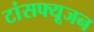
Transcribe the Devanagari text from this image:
टांसफ्यूजन